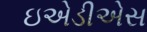
ઇએડીએસ